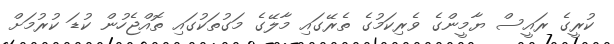
ކުރީގެ ރައީސް ޔާމީންގެ ވެރިކަމުގެ ތެރޭގައި މާލޭގެ މަގުތަކުގައި ތޮއްޖެހުން ކުޑަ ކުރުމަށް